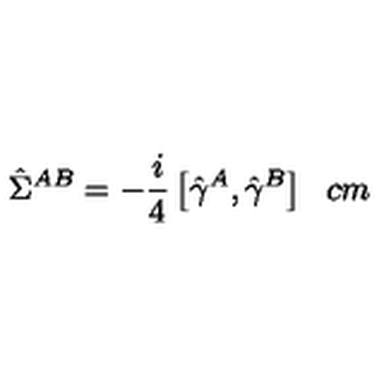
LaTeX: \hat { \Sigma } ^ { A B } = - { \frac { i } { 4 } } \left[ \hat { \gamma } ^ { A } , \hat { \gamma } ^ { B } \right] \hspace { 6 c m }